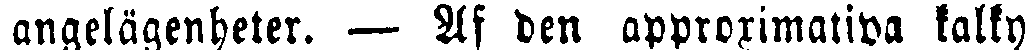
angelägenheter. — Af den approximativa kalky-